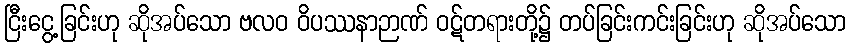
ငြီးငွေ့ခြင်းဟု ဆိုအပ်သော ဗလဝ ဝိပဿနာဉာဏ် ဝဋ်တရားတို့၌ တပ်ခြင်းကင်းခြင်းဟု ဆိုအပ်သော